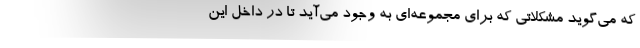
که می‌گوید مشکلاتی که برای مجموعه‌ای به وجود می‌آید تا در داخل این